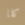
كلا